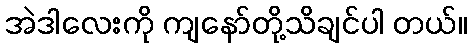
အဲဒါလေးကို ကျနော်တို့သိချင်ပါ တယ်။